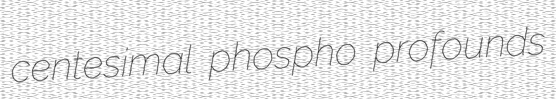
centesimal phospho profounds